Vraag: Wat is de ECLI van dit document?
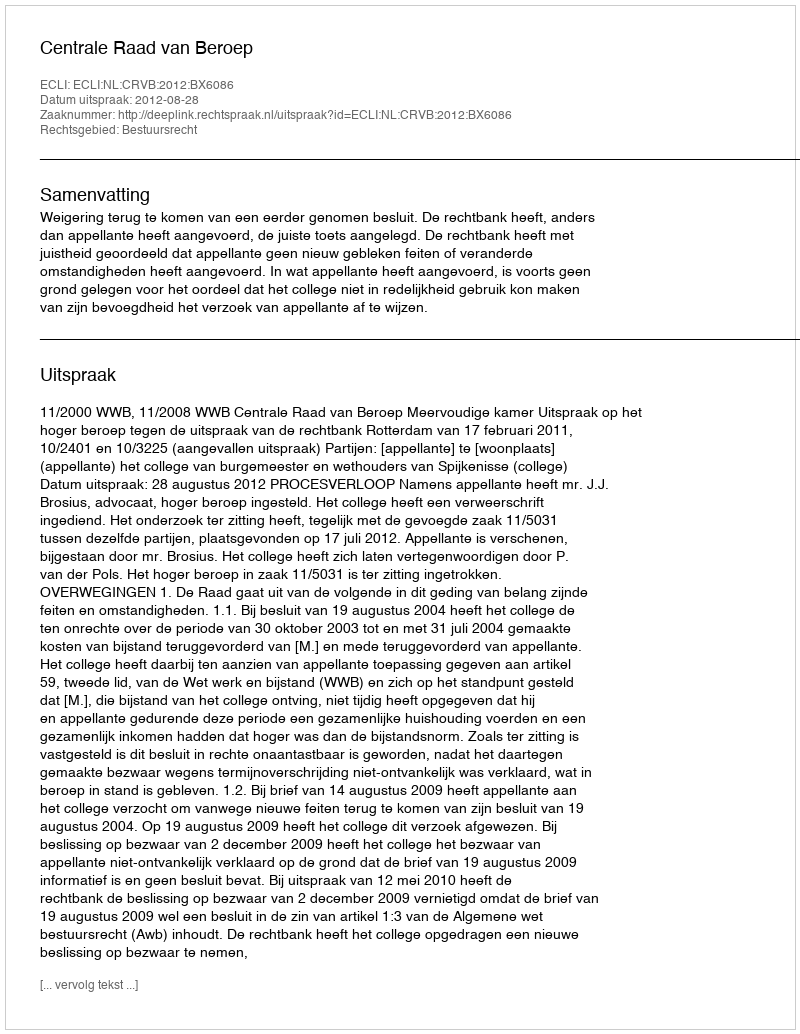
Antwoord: ECLI:NL:CRVB:2012:BX6086